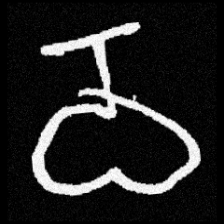
Pyu character \u2014 Myanmar letter: ဝ (romanized: wa)